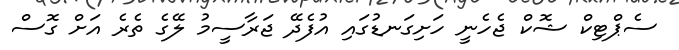
ސެޕްޓިކް ޝޮކް ޖެހެނީ ހަށިގަނޑުގައި އުފެދޭ ޖަރާސީމު ލޭގެ ތެރެ އަށް ގޮސް